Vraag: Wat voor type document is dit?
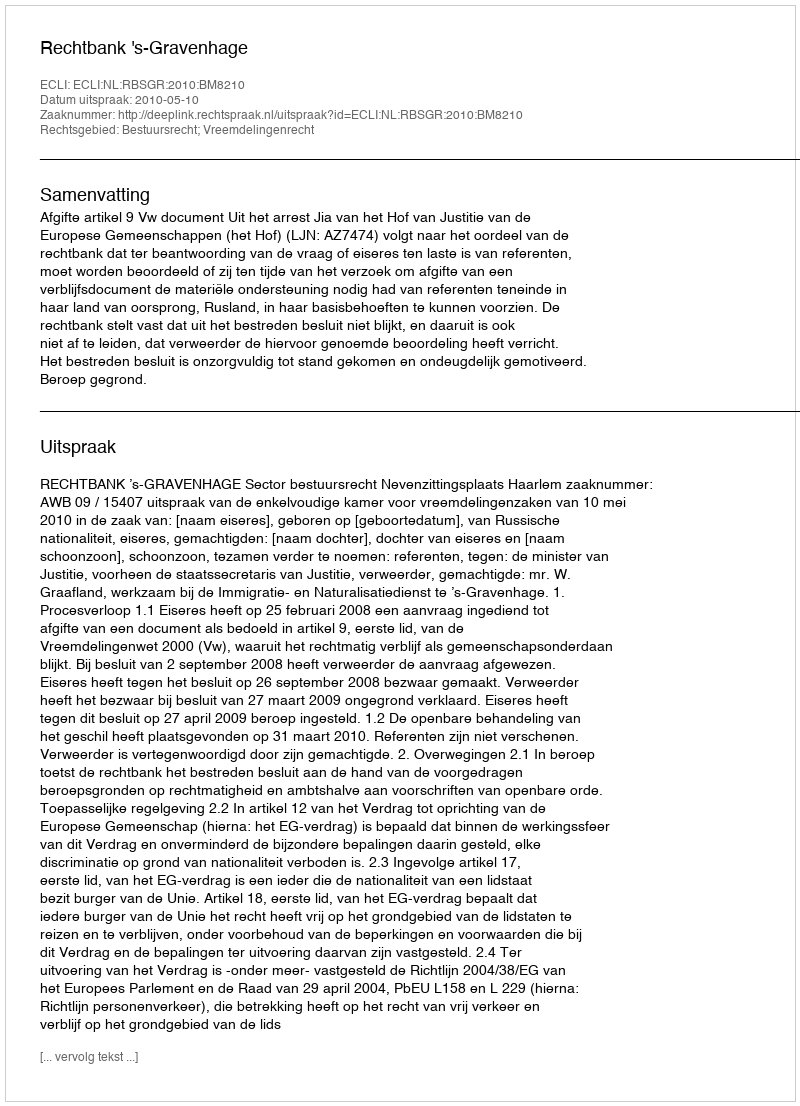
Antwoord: Uitspraak